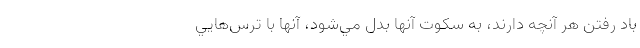
باد رفتن هر آنچه دارند، به سكوت آنها بدل مي‌شود، آنها با ترس‌هايي